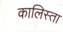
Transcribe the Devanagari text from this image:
कालिस्ता